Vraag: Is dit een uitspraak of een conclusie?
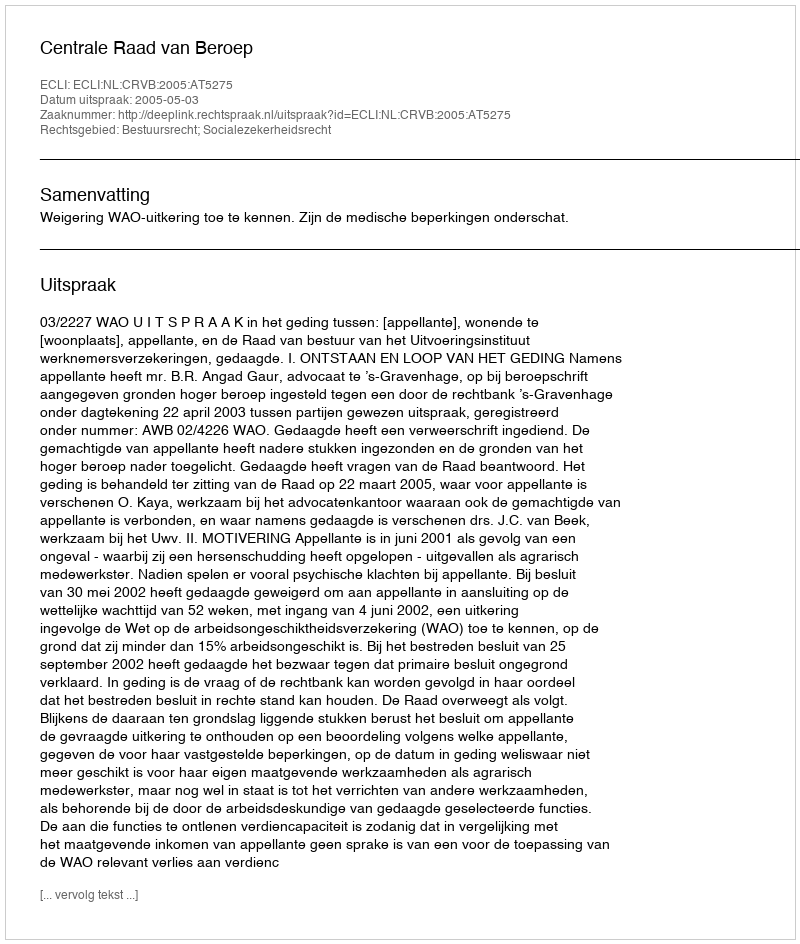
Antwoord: Uitspraak